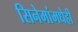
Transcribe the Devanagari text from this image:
सिनेमांमधेही